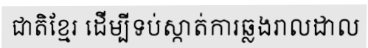
ជាតិខ្មែរ ដើម្បីទប់ស្កាត់ការឆ្លងរាលដាល